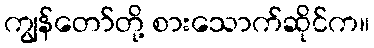
ကျွန်တော်တို့ စားသောက်ဆိုင်က။